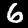
Digit: 6